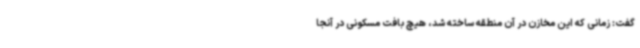
گفت: زمانی که این مخازن در آن منطقه ساخته شد، هیچ بافت مسکونی در آنجا